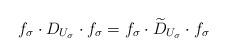
LaTeX: \begin{align*}f_\sigma \cdot D_{U_\sigma} \cdot f_\sigma = f_\sigma \cdot \widetilde D_{U_\sigma} \cdot f_\sigma\end{align*}